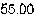
55.00